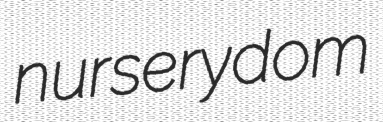
nurserydom